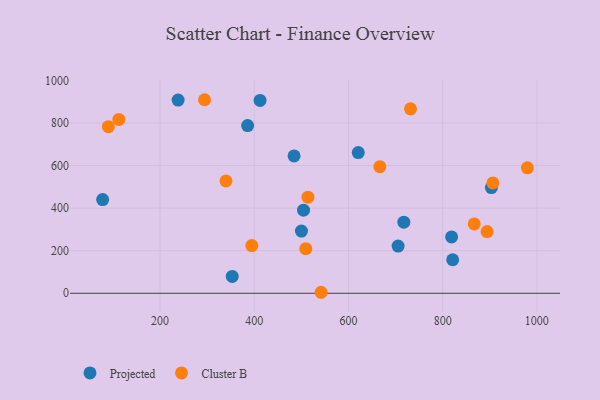
{"axis": {"x": "Speed", "y": "Fuel Efficiency"}, "legend": ["Cluster B", "Projected"], "data": [{"x": "500.2", "y": 292.4, "type": "Projected"}, {"x": "504.6", "y": 390.4, "type": "Projected"}, {"x": "903.5", "y": 496.6, "type": "Projected"}, {"x": "821.3", "y": 157.4, "type": "Projected"}, {"x": "819.0", "y": 264.5, "type": "Projected"}, {"x": "620.8", "y": 660.9, "type": "Projected"}, {"x": "238.3", "y": 907.5, "type": "Projected"}, {"x": "484.5", "y": 645.1, "type": "Projected"}, {"x": "705.4", "y": 221.7, "type": "Projected"}, {"x": "353.2", "y": 79.2, "type": "Projected"}, {"x": "385.9", "y": 788.0, "type": "Projected"}, {"x": "412.3", "y": 905.7, "type": "Projected"}, {"x": "78.0", "y": 440.2, "type": "Projected"}, {"x": "717.6", "y": 334.1, "type": "Projected"}, {"x": "666.6", "y": 594.8, "type": "Cluster B"}, {"x": "979.9", "y": 589.5, "type": "Cluster B"}, {"x": "112.5", "y": 816.5, "type": "Cluster B"}, {"x": "513.9", "y": 451.3, "type": "Cluster B"}, {"x": "894.3", "y": 290.0, "type": "Cluster B"}, {"x": "906.7", "y": 518.6, "type": "Cluster B"}, {"x": "294.4", "y": 909.2, "type": "Cluster B"}, {"x": "509.4", "y": 209.7, "type": "Cluster B"}, {"x": "541.9", "y": 4.7, "type": "Cluster B"}, {"x": "394.8", "y": 224.2, "type": "Cluster B"}, {"x": "731.7", "y": 866.4, "type": "Cluster B"}, {"x": "339.9", "y": 527.6, "type": "Cluster B"}, {"x": "867.0", "y": 325.7, "type": "Cluster B"}, {"x": "90.2", "y": 782.7, "type": "Cluster B"}]}